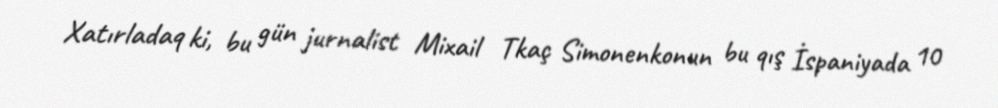
Xatırladaq ki, bu gün jurnalist Mixail Tkaç Simonenkonun bu qış İspaniyada 10